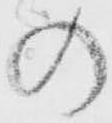
の